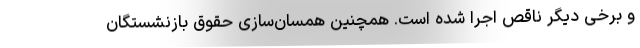
و برخی دیگر ناقص اجرا شده‌ است. همچنین همسان‌سازی حقوق بازنشستگان